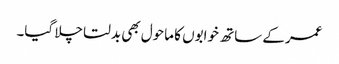
عمر کے ساتھ خوابوں کا ماحول بھی بدلتا چلا گیا۔